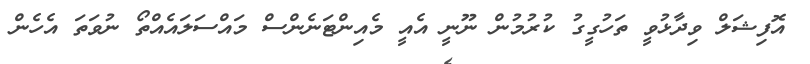
އޮފިޝަލް ވިދާޅުވީ ތަހުގީގު ކުރުމުން ނޫނީ އެއީ މެއިންޓަނެންސް މައްސަލައެއްތޯ ނުވަތަ އެހެން